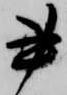
書